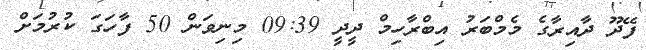
ފޭދޫ ދާއިރާގެ މެމްބަރު އިބްރާހިމް ދީދީ 09:39 މިނިވަން 50 ފާހަގަ ކުރުމަށް